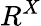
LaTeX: R^{X}